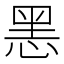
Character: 𢜧